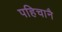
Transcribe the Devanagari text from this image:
पहिचानै